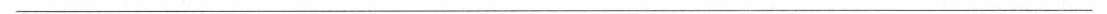
___